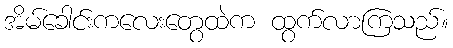
အိမ်ခေါင်းကလေးတွေထဲက ထွက်လာကြသည်။